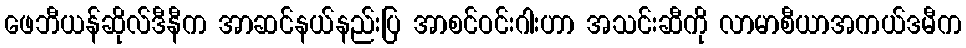
ဖေဘီယန်ဆိုလ်ဒီနီက အာဆင်နယ်နည်းပြ အာစင်ဝင်းဂါးဟာ အသင်းဆီကို လာမာစီယာအကယ်ဒမီက